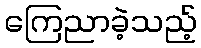
ကြေညာခဲ့သည့်